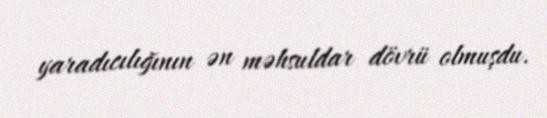
yaradıcılığının ən məhsuldar dövrü olmuşdu.